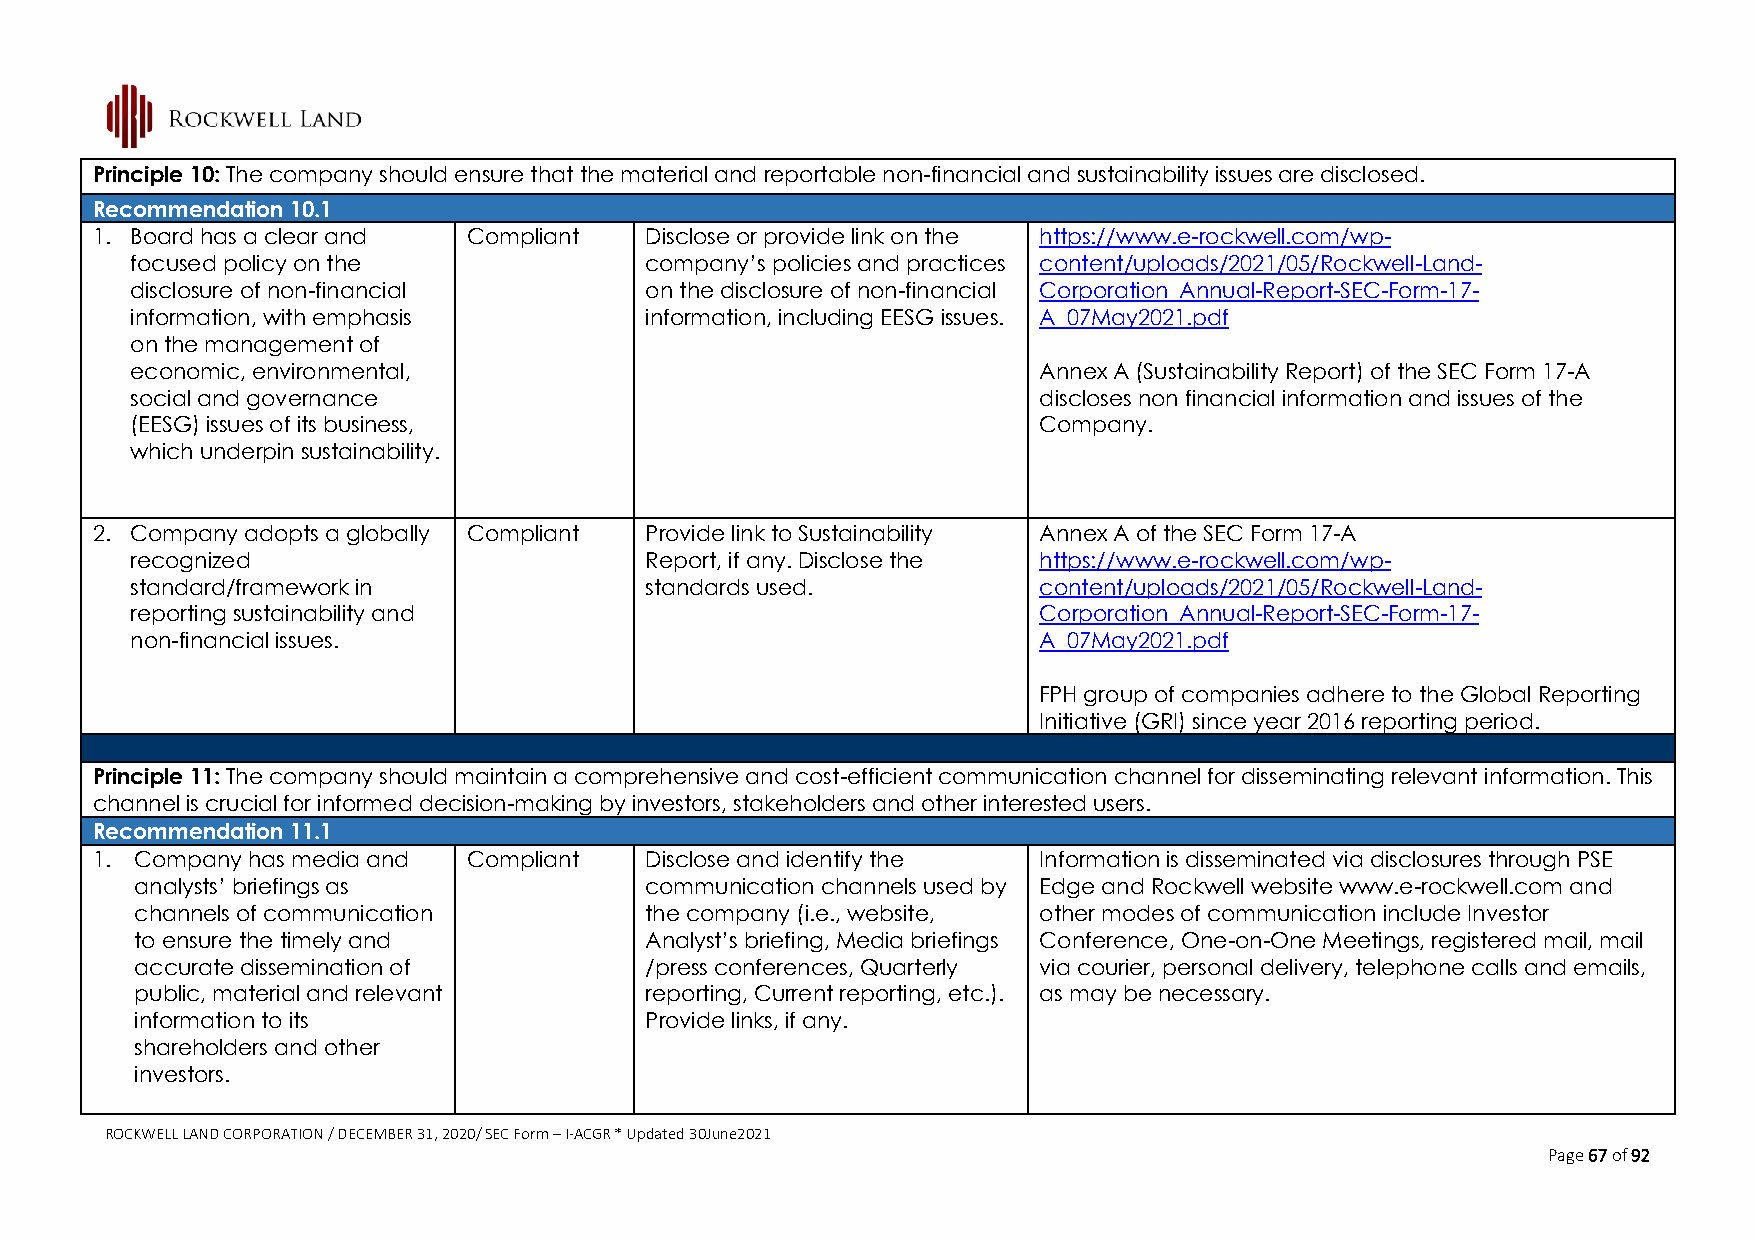
Principle 10: The company should ensure that the material and reportable non-financial and sustainability issues are disclosed.
 Recommendation 10.1
 1. Board has a clear and Compliant   Disclose or provide link on the https://www.e-rockwell.com/wp-
 focused policy on the             company’s policies and practices content/uploads/2021/05/Rockwell-Land-
 disclosure of non-financial       on the disclosure of non-financial Corporation_Annual-Report-SEC-Form-17-
 information, with emphasis        information, including EESG issues. A_07May2021.pdf
 on the management of
 economic, environmental,                                    Annex A (Sustainability Report) of the SEC Form 17-A
 social and governance                                       discloses non financial information and issues of the
 (EESG) issues of its business,                              Company.
 which underpin sustainability.
 2. Company adopts a globally Compliant Provide link to Sustainability Annex A of the SEC Form 17-A
 recognized                        Report, if any. Disclose the https://www.e-rockwell.com/wp-
 standard/framework in             standards used.           content/uploads/2021/05/Rockwell-Land-
 reporting sustainability and                                Corporation_Annual-Report-SEC-Form-17-
 non-financial issues.                                       A_07May2021.pdf
 FPH group of companies adhere to the Global Reporting
 Initiative (GRI) since year 2016 reporting period.
 Principle 11: The company should maintain a comprehensive and cost-efficient communication channel for disseminating relevant information. This
 channel is crucial for informed decision-making by investors, stakeholders and other interested users.
 Recommendation 11.1
 1. Company has media and Compliant   Disclose and identify the Information is disseminated via disclosures through PSE
 analysts’ briefings as            communication channels used by Edge and Rockwell website www.e-rockwell.com and
 channels of communication         the company (i.e., website, other modes of communication include Investor
 to ensure the timely and          Analyst’s briefing, Media briefings Conference, One-on-One Meetings, registered mail, mail
 accurate dissemination of         /press conferences, Quarterly via courier, personal delivery, telephone calls and emails,
 public, material and relevant     reporting, Current reporting, etc.). as may be necessary.
 information to its                Provide links, if any.
 shareholders and other
 investors.
 ROCKWELL LAND CORPORATION / DECEMBER 31, 2020/ SEC Form – I-ACGR * Updated 30June2021
 Page 67 of 92